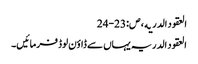
العقود الدریه ، ص:23-24
العقود الدریہ یہاں سے ڈاؤن لوڈ فرمائیں۔